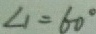
\angle 1 = 6 0 ^ { \circ }